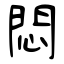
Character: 悶